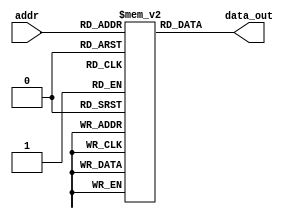
module InstMem (input [5:0] addr, output [31:0] data_out);
    reg [31:0] mem [0:63];
    assign data_out = mem[addr];
    initial begin
        mem[0]=32'b000000000000_00000_010_00001_0000011 ; //lw x1, 0(x0)
        mem[1]=32'b000000000100_00000_010_00010_0000011 ; //lw x2, 4(x0)
        mem[2]=32'b000000001000_00000_010_00011_0000011 ; //lw x3, 8(x0)
        mem[3]=32'b00000000001000001110001000110011 ; //or x4, x1, x2
        mem[4]=32'b0_000000_00011_00100_000_0100_0_1100011; //beq x4, x3, 4
        mem[5]=32'b0000000_00010_00001_000_00011_0110011 ; //add x3, x1, x2
        mem[6]=32'b0000000_00010_00011_000_00101_0110011 ; //add x5, x3, x2
        mem[7]=32'b0000000_00101_00000_010_01100_0100011; //sw x5, 12(x0)
        mem[8]=32'b000000001100_00000_010_00110_0000011 ; //lw x6, 12(x0)
        mem[9]=32'b0000000_00001_00110_111_00111_0110011 ; //and x7, x6, x1
        mem[10]=32'b0100000_00010_00001_000_01000_0110011 ; //sub x8, x1, x2
        mem[11]=32'b0000000_00010_00001_000_00000_0110011 ; //add x0, x1, x2
        mem[12]=32'b0000000_00001_00000_000_01001_0110011 ; //add x9, x0, x1
        
        
//        mem[0]=32'b000000000100_00000_010_00001_0000011; //lw x1, 4(x0)
//        mem[1]=32'b000000001000_00000_010_00010_0000011; //lw x2, 8(x0)
//        mem[2]=32'b000000001100_00000_010_00011_0000011; //lw x3, 12(x0)
//        mem[3]=32'b0000000_00010_00101_000_10000_1100011; //beq x5, x2, 16
//        mem[4]=32'b0000000_00001_00100_000_00100_0110011; //add x4, x4, x1
//        mem[5]=32'b0000000_00011_00101_000_00101_0110011; //add x5, x5, x3
//        mem[6]=32'b1111111_00000_00000_000_10101_1100011; //beq x0, x0, -12
//        mem[7]=32'b0000000_00100_00000_010_00000_0100011; //sw x4, 0(x0)
//        mem[8]=32'b0000000_00000_00000_000_00000_0000000; //nothing
//        mem[9]=32'b0000000_00000_00000_000_00000_0000000; //nothing
//        mem[10]=32'b0000000_00000_00000_000_00000_0000000; //nothing
//        mem[11]=32'b0000000_00000_00000_000_00000_0000000; //nothing
//        mem[12]=32'b0000000_00000_00000_000_00000_0000000; //nothing
//        mem[13]=32'b0000000_00000_00000_000_00000_0000000; //nothing
//        mem[14]=32'b0000000_00000_00000_000_00000_0000000; //nothing
//        mem[15]=32'b0000000_00000_00000_000_00000_0000000; //nothing
    end
endmodule